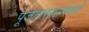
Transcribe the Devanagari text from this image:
पूजावसानसमये